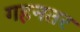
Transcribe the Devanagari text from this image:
गहनतर